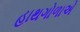
હાથગોળાએ